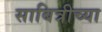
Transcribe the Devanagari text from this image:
साबित्रीच्या